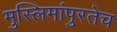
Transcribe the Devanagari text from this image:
मुस्लिमांपुरतेच